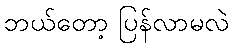
ဘယ်တော့ ပြန်လာမလဲ